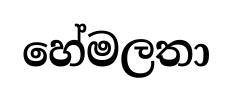
හේමලතා